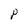
Character: P